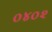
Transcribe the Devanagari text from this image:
०४०२